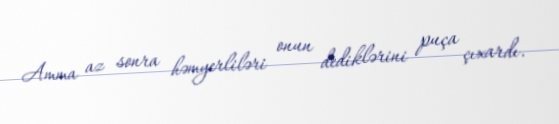
Amma az sonra həmyerliləri onun dediklərini puça çıxardı.